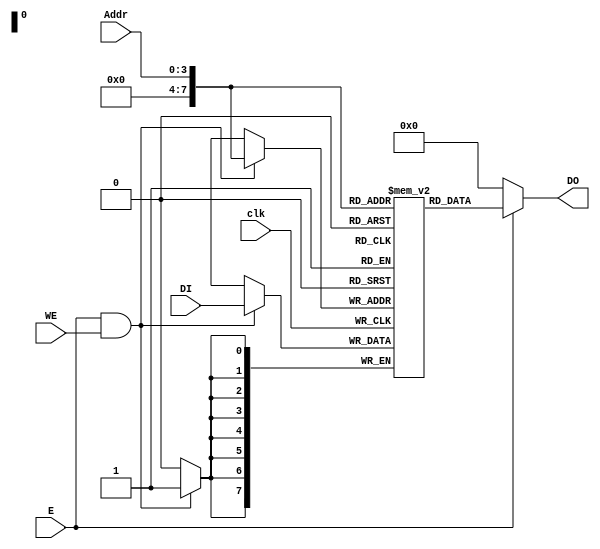
`timescale 1ns / 1ps
//////////////////////////////////////////////////////////////////////////////////
// Company: 
// Engineer: 
// 
// Design Name: 
// Module Name: DMem
// Project Name: 
// Target Devices: 
// Tool Versions: 
// Description: 
// 
// Dependencies: 
// 
// Revision:
// Revision 0.01 - File Created
// Additional Comments:
// 
//////////////////////////////////////////////////////////////////////////////////


module DMem(
input clk,
input E, // Enable port 
     input WE, // Write enable port
     input [3:0] Addr, // Address port 
     input [7:0] DI, // Data input port
     output [7:0] DO // Data output port
    );
reg [7:0] data_mem [255:0];
// fpga4student.com: FPGA project, Verilog project, VHDL project
always @(posedge clk) 
begin
 if(E==1 && WE ==1) 
  data_mem[Addr] <= DI;
end 
 assign DO = (E ==1 )? data_mem[Addr]:0;
endmodule